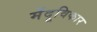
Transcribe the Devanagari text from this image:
मेंदूविकार